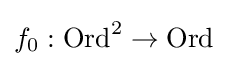
f_{0}:{\textrm {Ord}}^{2}\to {\textrm {Ord}}